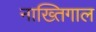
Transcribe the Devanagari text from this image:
नाख्तिगाल